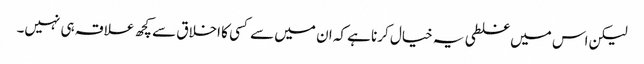
لیکن اس میں غلطی یہ خیال کرنا ہے کہ ان میں سے کسی کا اخلاق سے کچھ علاقہ ہی نہیں۔